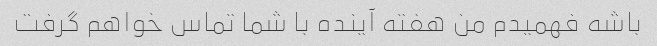
باشه فهمیدم من هفته آینده با شما تماس خواهم گرفت